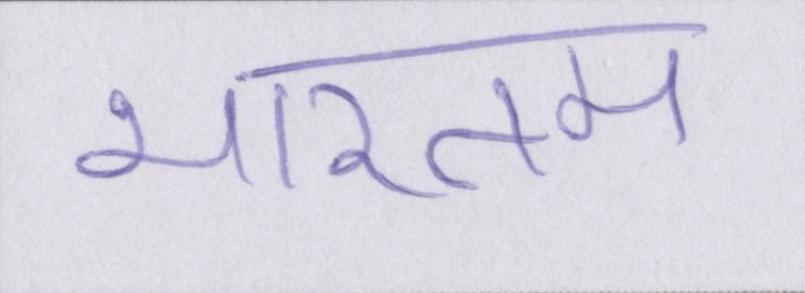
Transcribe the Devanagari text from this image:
भारतम